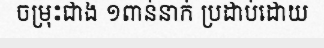
ចម្រុះជាង ១ពាន់នាក់ ប្រដាប់ដោយ